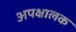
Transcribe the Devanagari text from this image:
अपक्षालक